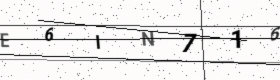
Text: E6IN716